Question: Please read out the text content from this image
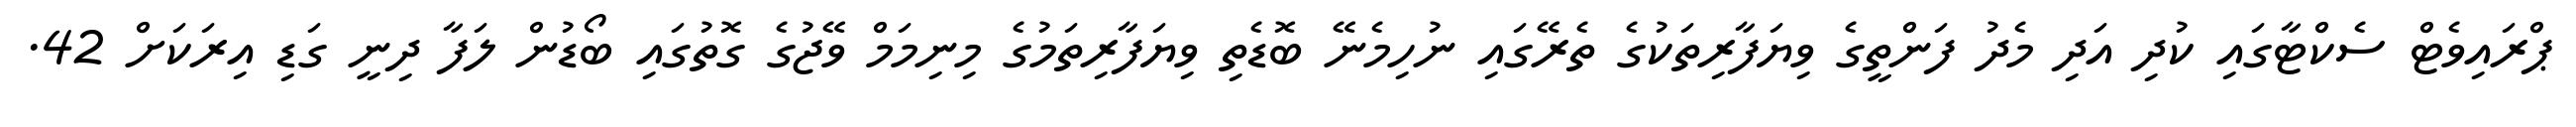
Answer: ޕްރައިވެޓް ސެކްޓާގައި ކުދި އަދި މެދު ފަންތީގެ ވިޔަފާރިތަކުގެ ތެރޭގައި ނުހިމެނޭ ބޮޑެތި ވިޔަފާރިތަމުގެ މިނިމަމް ވޭޖުގެ ގޮތުގައި ބޯޑުން ލަފާ ދިނީ ގަޑި އިރަކަށް 42.